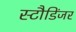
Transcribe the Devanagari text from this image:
स्टौडिंजर